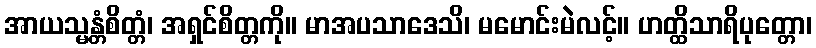
အာယသ္မန္တံစိတ္တံ၊ အရှင်စိတ္တကို။ မာအပသာဒေသိ၊ မမောင်းမဲလင့်။ ဟတ္ထိသာရိပုတ္တော၊